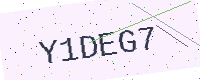
Text: Y1DEG7